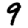
Digit: 9